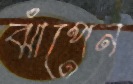
ঝাঁপেন